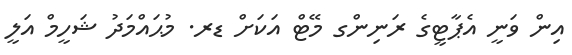
އިން ވަނީ އެޕާޓީގެ ރަނިންގ މޭޓް އަކަށް ޑރ. މުޙައްމަދު ޝަހީމް އަލީ